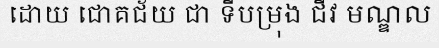
ដោយ ជោគជ័យ ជា ទីបម្រុង ជីវ មណ្ឌល